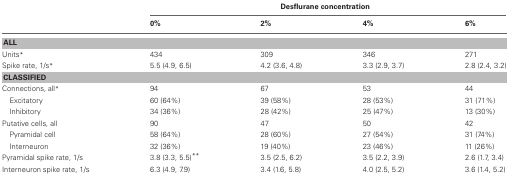
|  | <COLSPAN=4> Desflurane concentration |
 |  | 0% | 2% | 4% | 6% |
 | --- | --- | --- | --- | --- |
 | <COLSPAN=5> ALL |
 | Units* | 434 | 309 | 346 | 271 |
 | Spike rate, 1/s* | 5.5 (4.9, 6.5) | 4.2 (3.6, 4.8) | 3.3 (2.9, 3.7) | 2.8 (2.4, 3.2) |
 | <COLSPAN=5> CLASSIFIED |
 | Connections, all* | 94 | 67 | 53 | 44 |
 | Excitatory | 60 (64%) | 39 (58%) | 28 (53%) | 31 (71%) |
 | Inhibitory | 34 (36%) | 28 (42%) | 25 (47%) | 13 (30%) |
 | Putative cells, all | 90 | 47 | 50 | 42 |
 | Pyramidal cell | 58 (64%) | 28 (60%) | 27 (54%) | 31 (74%) |
 | Interneuron | 32 (36%) | 19 (40%) | 23 (46%) | 11 (26%) |
 | Pyramidal spike rate, 1/s | 3.8 (3.3, 5.5)** | 3.5 (2.5, 6.2) | 3.5 (2.2, 3.9) | 2.6 (1.7, 3.4) |
 | Interneuron spike rate, 1/s | 6.3 (4.9, 7.9) | 3.4 (1.6, 5.8) | 4.0 (2.5, 5.2) | 3.6 (1.4, 5.2) |